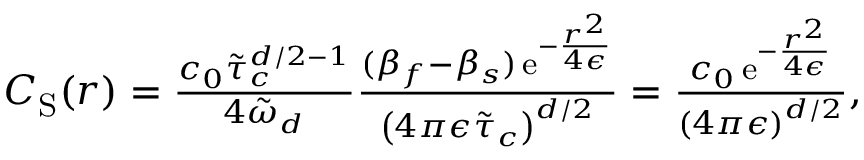
\begin{array} { r l } & { C _ { \mathrm { S } } ( r ) = \frac { c _ { 0 } \tilde { \tau } _ { c } ^ { d / 2 - 1 } } { 4 \tilde { \omega } _ { d } } \frac { ( \beta _ { f } - \beta _ { s } ) \, \mathrm { e } ^ { - \frac { r ^ { 2 } } { 4 \epsilon } } } { \left( 4 \pi \epsilon \tilde { \tau } _ { c } \right) ^ { d / 2 } } = \frac { c _ { 0 } \, \mathrm { e } ^ { - \frac { r ^ { 2 } } { 4 \epsilon } } } { \left( 4 \pi \epsilon \right) ^ { d / 2 } } , } \end{array}